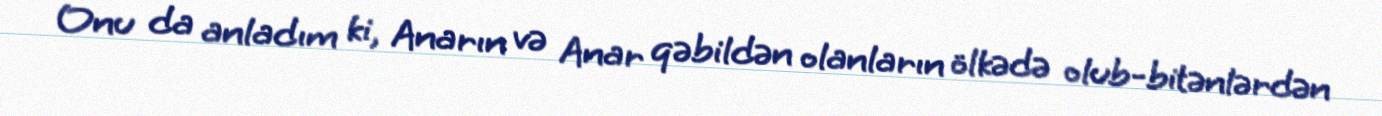
Onu da anladım ki, Anarın və Anar qəbildən olanların ölkədə olub-bitənlərdən